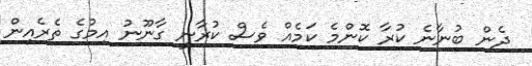
ދެން ބުނާނެ ކުރާ ކޮންމެ ކަމެއް ވެސް ކުރާނީ ގާނޫނު އިމުގެ ތެރެއިން